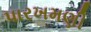
પારખમણી